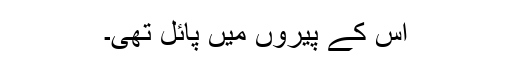
اس کے پیروں میں پائل تھی۔